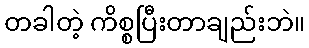
တခါတဲ့ ကိစ္စပြီးတာချည်းဘဲ။